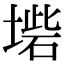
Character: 𡎵